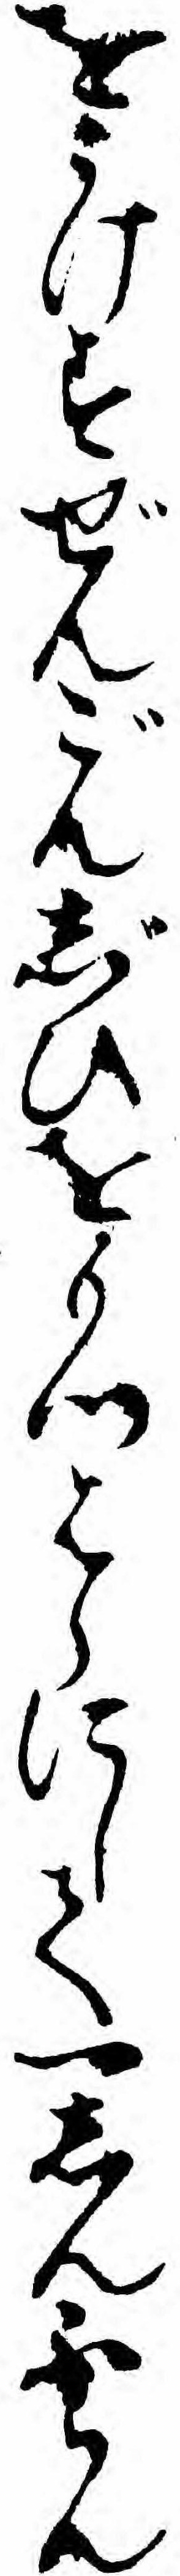
をうけすぜんごんじひをもつはらにして一しんふらん